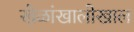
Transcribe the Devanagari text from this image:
खेळांखालोखाल